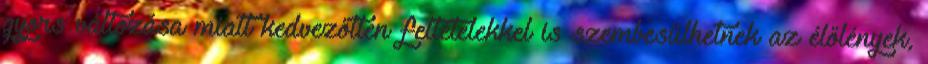
gyors változása miatt kedvezőtlen feltételekkel is szembesülhetnek az élőlények,